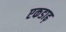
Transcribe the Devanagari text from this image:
एकडाढ़